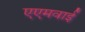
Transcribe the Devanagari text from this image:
एएमवाई